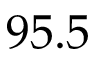
9 5 . 5